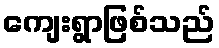
ကျေးရွာဖြစ်သည်